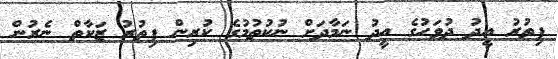
ފިތުރު އީދު ދުވަހުގެ އީދު ނަމާދަށް ނުކުތުމުގެ ކުރިން ފިތުރު ޒަކާތް ނެރުން